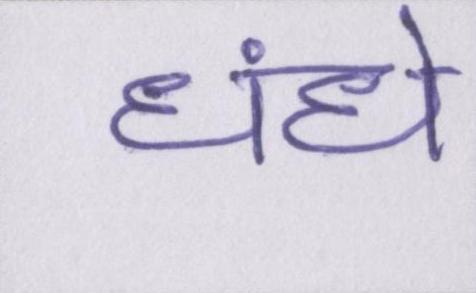
धंधे